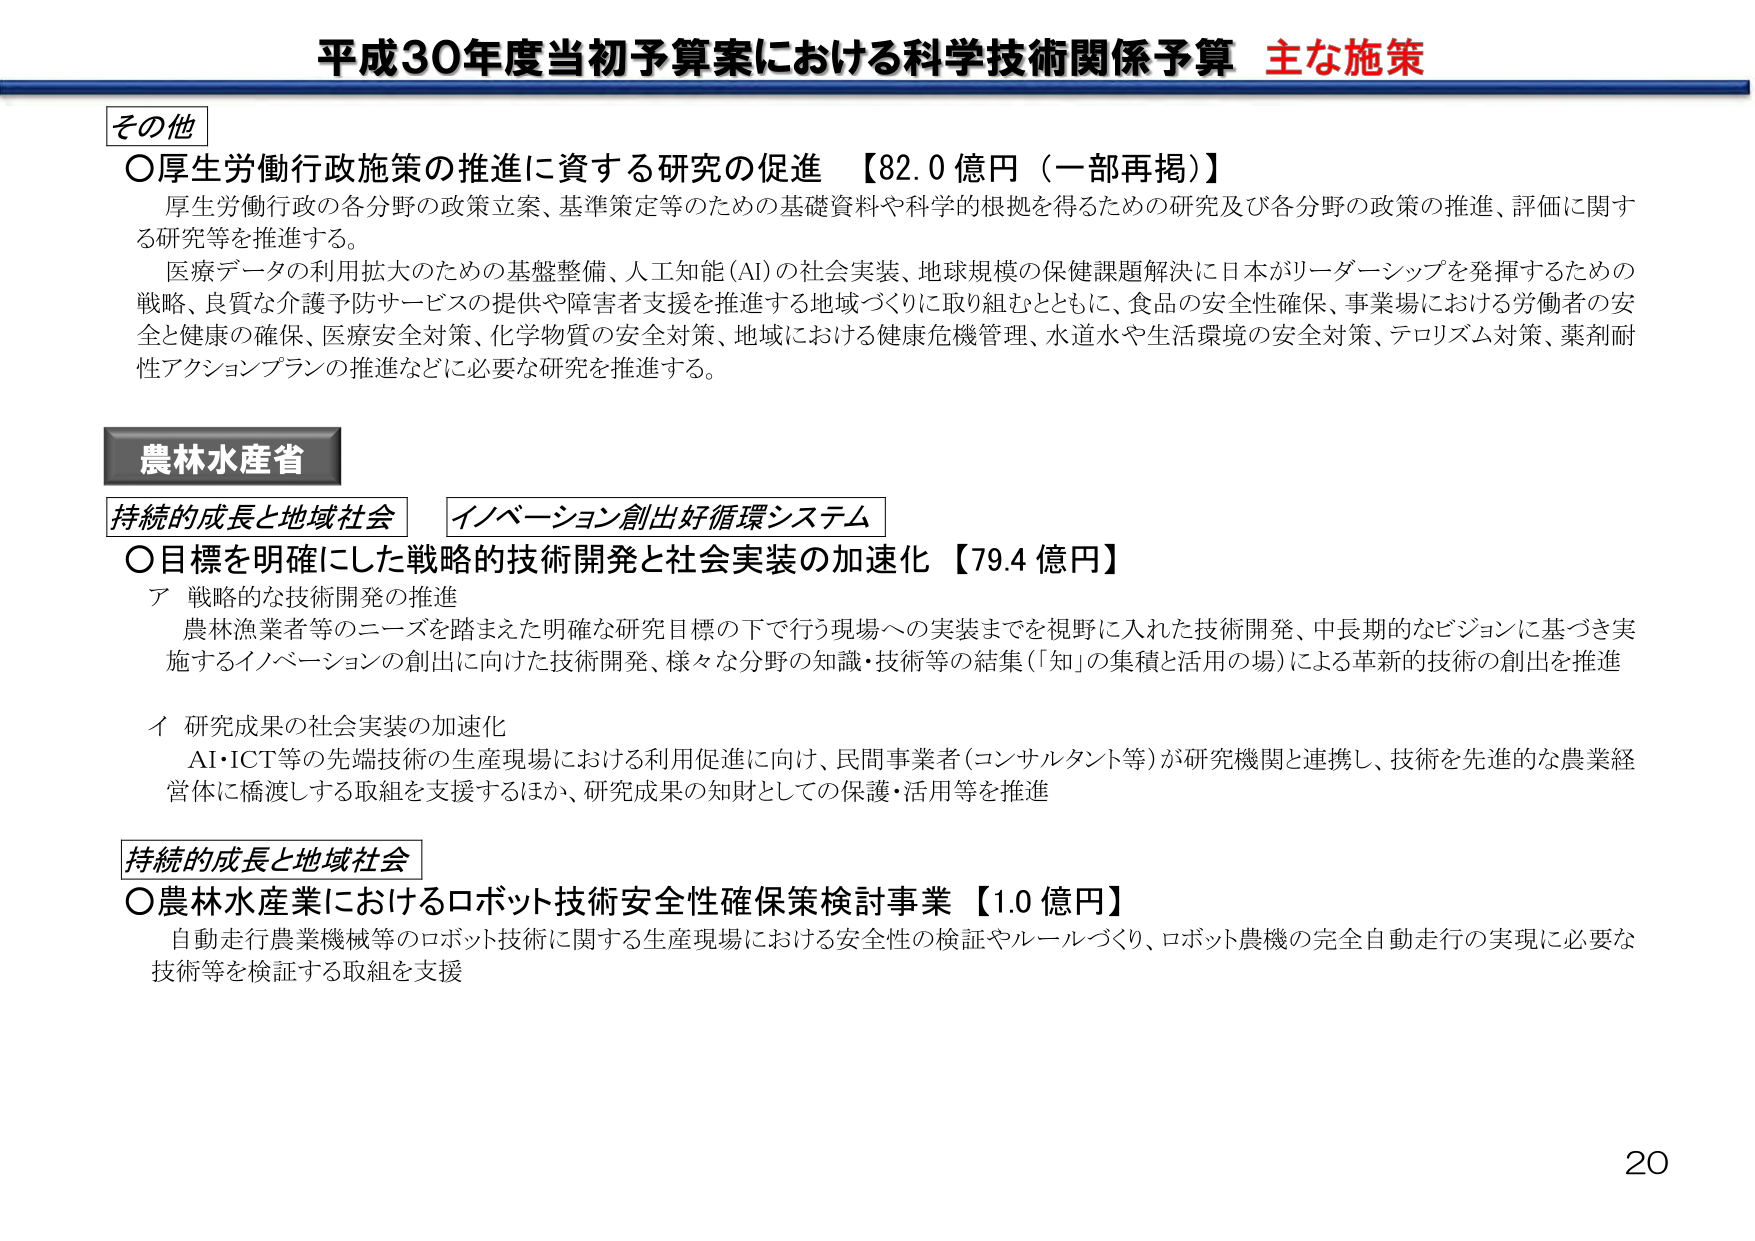
平成30年度当初予算案における科学技術関係予算 主な施策

その他
〇厚生労働行政施策の推進に資する研究の促進 【82.0 億円（一部再掲）】
　厚生労働行政の各分野の政策立案、基準策定等のための基礎資料や科学的根拠を得るための研究及び各分野の政策の推進、評価に関する研究等を推進する。
　医療データの利用拡大のための基盤整備、人工知能（AI）の社会実装、地球規模の保健課題解決に日本がリーダーシップを発揮するための戦略、良質な介護予防サービスの提供や障害者支援を推進する地域づくりに取り組むとともに、食品の安全性確保、事業場における労働者の安全と健康の確保、医療安全対策、化学物質の安全対策、地域における健康危機管理、水道水や生活環境の安全対策、テロリズム対策、薬剤耐性アクションプランの推進などに必要な研究を推進する。

農林水産省
持続的成長と地域社会 イノベーション創出好循環システム
〇目標を明確にした戦略的技術開発と社会実装の加速化 【79.4 億円】
　ア 戦略的な技術開発の推進
　　農林漁業者等のニーズを踏まえた明確な研究目標の下で行う現場への実装までを視野に入れた技術開発、中長期的なビジョンに基づき実施するイノベーションの創出に向けた技術開発、様々な分野の知識・技術等の結集（「知」の集積と活用の場）による革新的技術の創出を推進
　イ 研究成果の社会実装の加速化
　　AI・ICT等の先端技術の生産現場における利用促進に向け、民間事業者（コンサルタント等）が研究機関と連携し、技術を先進的な農業経営体に橋渡しする取組を支援するほか、研究成果の知財としての保護・活用等を推進

持続的成長と地域社会
〇農林水産業におけるロボット技術安全性確保策検討事業 【1.0 億円】
　自動走行農業機械等のロボット技術に関する生産現場における安全性の検証やルールづくり、ロボット農機の完全自動走行の実現に必要な技術等を検証する取組を支援

20